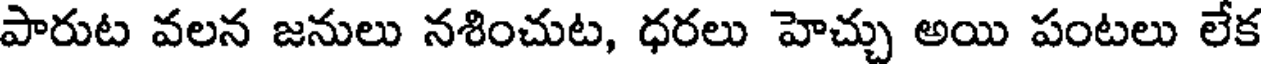
పారుట వలన జనులు నశించుట, ధరలు హెచ్చు అయి పంటలు లేక